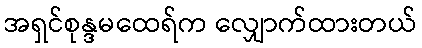
အရှင်စုန္ဒမထေရ်က လျှောက်ထားတယ်